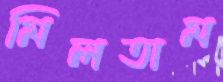
মিলতাম